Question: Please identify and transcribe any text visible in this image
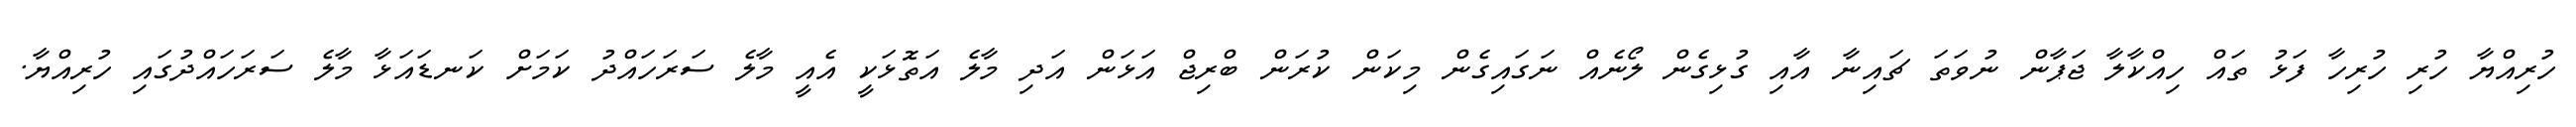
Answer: ހުރިއްޔާ ހުރި ހުރިހާ ފަޅު ތައް ހިއްކާލާ ޖަޕާން ނުވަތަ ޗައިނާ އާއި ގުޅިގެން ލޯނެއް ނަގައިގެން މިކަން ކުރަން ބްރިޖް އަޅަން އަދި މާލެ އަތޮޅަކީ އެއީ މާލެ ސަރަހައްދު ކަމަށް ކަނޑައަޅާ މާލެ ސަރަހައްދުގައި ހުރިއްޔާ.